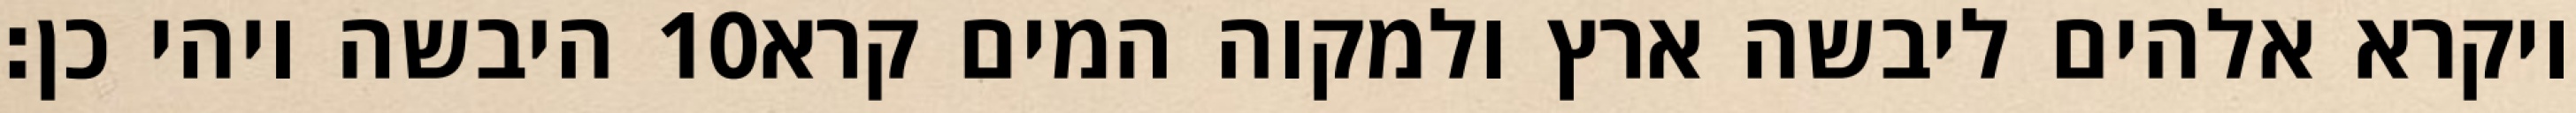
היבשה ויהי כן׃ ‎10‏ ויקרא אלהים ליבשה ארץ ולמקוה המים קרא